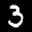
Label: 3